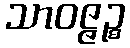
သာဝဇ္ဇဉ္စ